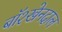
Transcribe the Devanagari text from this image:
बॉश्खेनदाल